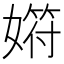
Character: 𡠞